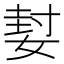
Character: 㜂